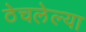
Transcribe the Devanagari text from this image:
ठेचलेल्या